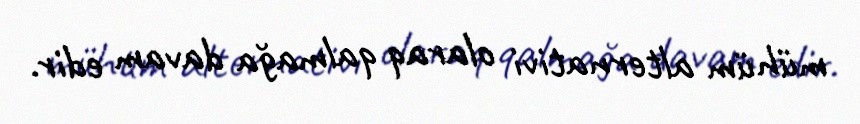
mühüm alternativi olaraq qalmağa davam edir.